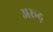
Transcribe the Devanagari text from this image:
अरूढ़